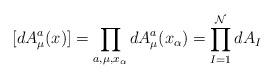
LaTeX: \begin{align*}[dA^{a}_{\mu}(x)]={\prod_{a,\mu,x_{\alpha}}dA^{a}_{\mu}(x_{\alpha})={\prod_{I=1}^{\mathcal{N}}dA_{I}}}\end{align*}